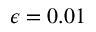
\epsilon = 0 . 0 1